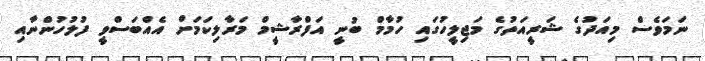
ނަމަވެސް މިއަދުގެ ޝަރީއަތުގެ މަޖިލީހުގައި ހުމާމް ބުނީ އަފްރާޝީމް މަރާލިކަމަށް އެއްބަސްވީ ފުލުހުންނާއި